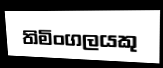
තිමිංගලයකු